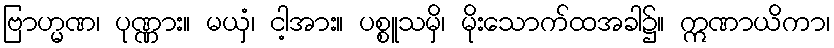
ဗြာဟ္မဏ၊ ပုဏ္ဏား။ မယှံ၊ ငါ့အား။ ပစ္စူသမှိ၊ မိုးသောက်ထအခါ၌။ ဣဏာယိကာ၊